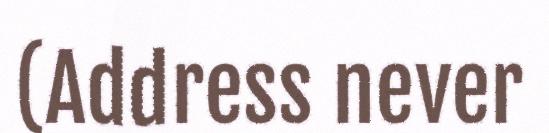
(Address never